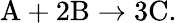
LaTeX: \mathrm{A}+2\mathrm{B}\rightarrow 3\mathrm{C}.